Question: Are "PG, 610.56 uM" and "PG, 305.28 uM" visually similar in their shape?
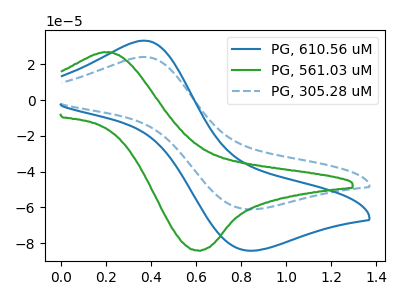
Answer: <think>The blue curve "PG, 610.56 uM" has an anodic peak at (0.35V, 33.20uA) and a cathodic peak at (0.85V, -84.15uA). The green curve "PG, 561.03 uM" has an anodic peak at (0.20V, 26.60uA) and a cathodic peak at (0.60V, -84.20uA). The blue dashed curve "PG, 305.28 uM" has an anodic peak at (0.35V, 24.10uA) and a cathodic peak at (0.85V, -61.05uA).
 All the peaks in "PG, 610.56 uM" have a peak in "PG, 305.28 uM" at the same potential. Every peak in "PG, 610.56 uM" is higher than every peak in "PG, 305.28 uM".</think>
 <answer>"PG, 610.56 uM" and "PG, 305.28 uM" are similar in shape.</answer>
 <eval>same_shape</eval>